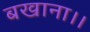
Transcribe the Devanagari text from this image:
बखाना।।